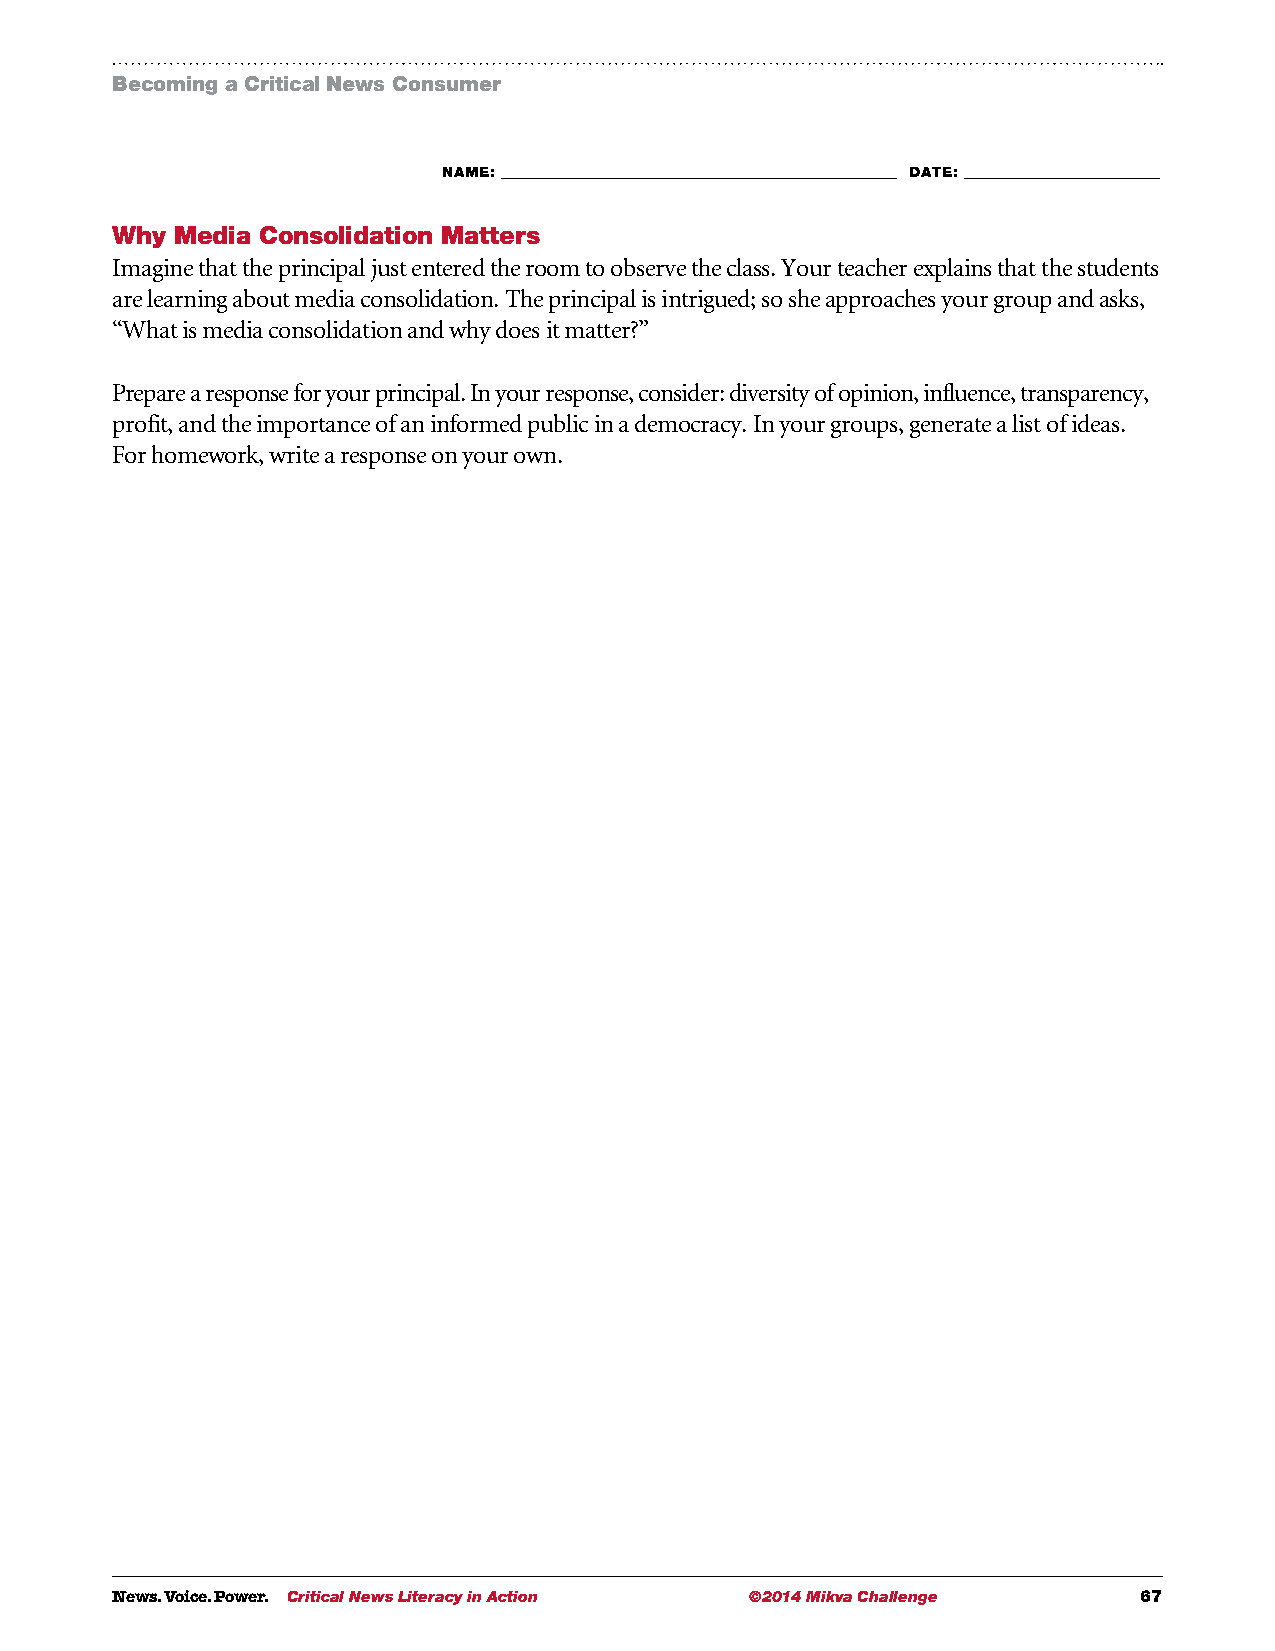
Becoming a Critical News Consumer
 NAME: ___________________________________________________________ DATE: _____________________________
 Why  Media Consolidation Matters
 Imagine that the principal just entered the room to observe the class. Your teacher explains that the students
 are learning about media consolidation. The principal is intrigued; so she approaches your group and asks,
 “What is media consolidation and why does it matter?”
 Prepare a response for your principal. In your response, consider: diversity of opinion, influence, transparency,
 profit, and the importance of an informed public in a democracy. In your groups, generate a list of ideas.
 For homework, write a response on your own.
 News. Voice. Power. Critical News Literacy in Action ©2014 Mikva Challenge 67